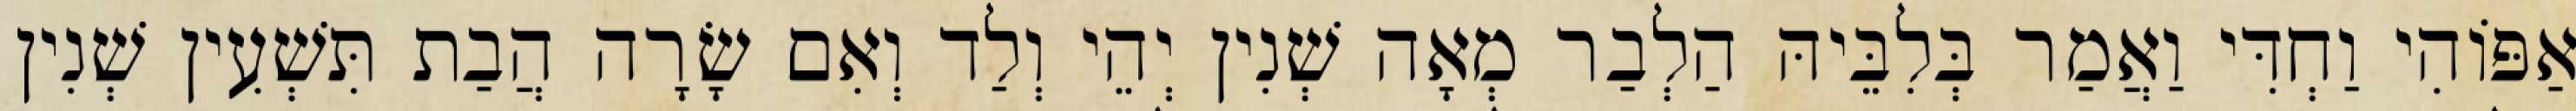
אַפּוֹהִי וַחְדִּי וַאֲמַר בְּלִבֵּיהּ הַלְבַר מְאָה שְׁנִין יְהֵי וְלַד וְאִם שָׂרָה הֲבַת תִּשְׁעִין שְׁנִין